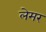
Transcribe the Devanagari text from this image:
लेमर